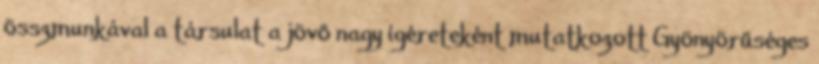
összmunkával a társulat a jövő nagy ígéreteként mutatkozott Gyönyörűséges